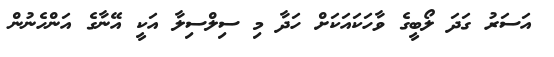
އަސަރު ގަދަ ލޯބީގެ ވާހަކައަކަށް ހަދާ މި ސިލްސިލާ އަކީ އޭނާގެ އަންހެނުން